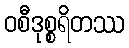
ဝစီဒုစ္စရိတဿ